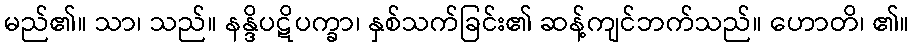
မည်၏။ သာ၊ သည်။ နန္ဒိပဋိပက္ခာ၊ နှစ်သက်ခြင်း၏ ဆန့်ကျင်ဘက်သည်။ ဟောတိ၊ ၏။